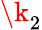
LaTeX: \k_{2}